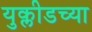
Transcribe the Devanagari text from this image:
युक्लीडच्या